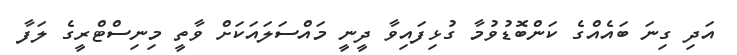
އަދި ގިނަ ބައެއްގެ ކަންބޮޑުވުމާ ގުޅިފައިވާ ދީނީ މައްސަލައަކަށް ވާތީ މިނިސްޓްރީގެ ލަފާ